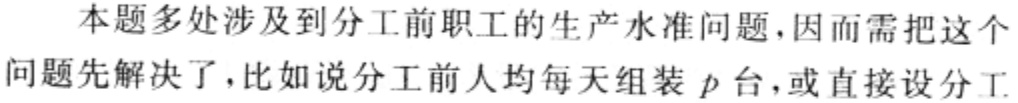
本题多处涉及到分工前职工的生产水准问题,因而需把这个问题先解决了,比如说分工前人均每天组装\(p\)台,或直接设分工